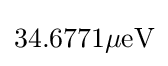
\mathrm {34.6771\mu eV}